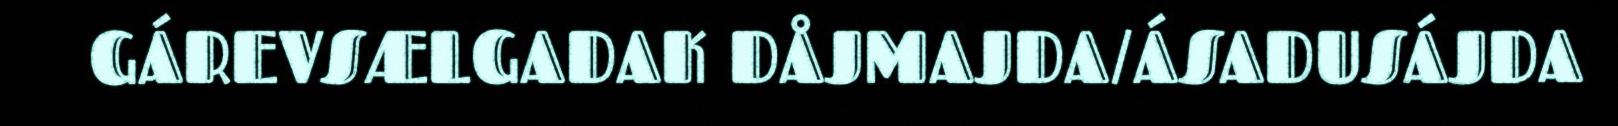
GÁREVSÆLGADAK DÅJMAJDA/ÁSADUSÁJDA